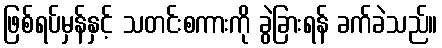
ဖြစ်ရပ်မှန်နှင့် သတင်းစကားကို ခွဲခြားရန် ခက်ခဲသည်။